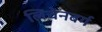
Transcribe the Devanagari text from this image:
लिचेनबर्ग